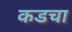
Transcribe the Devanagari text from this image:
कडचा